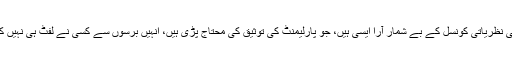
اسلامی نظریاتی کونسل کے بے شمار آرا ایسی ہیں، جو پارلیمنٹ کی توثیق کی محتاج پڑی ہیں، انہیں برسوں سے کسی نے لفٹ ہی نہیں کرائی۔